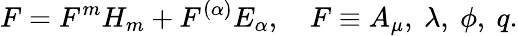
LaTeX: F=F^{m}H_{m}+F^{(\alpha)}E_{\alpha},\quad F\equiv A_{\mu},~\lambda,~\phi,~q.